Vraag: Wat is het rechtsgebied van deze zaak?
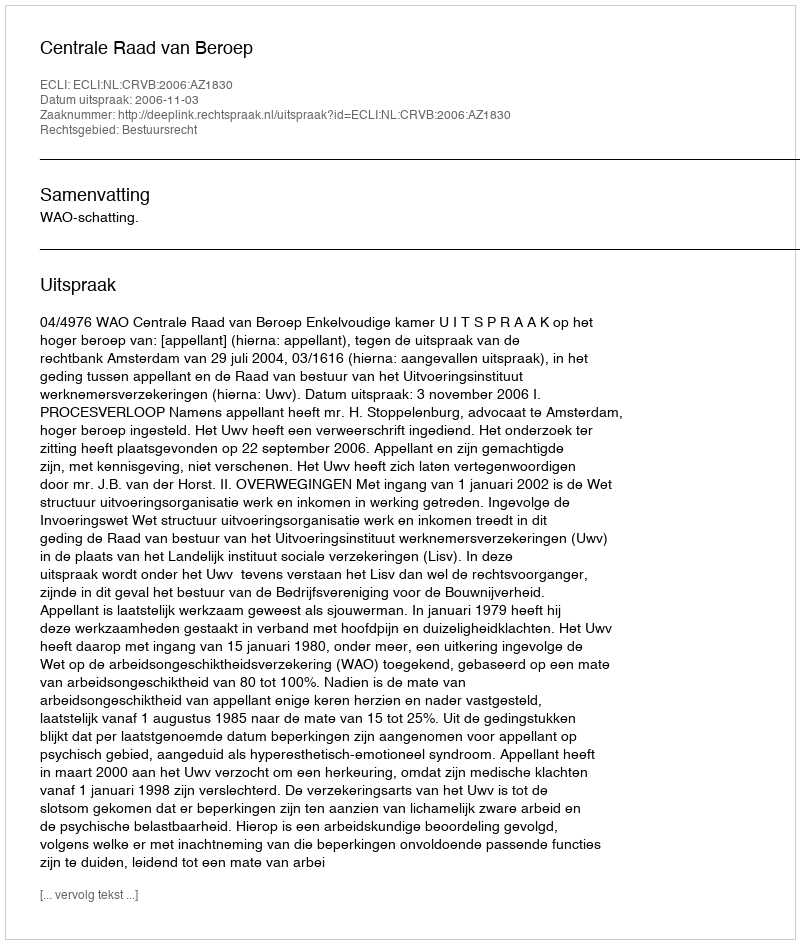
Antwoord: Bestuursrecht